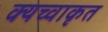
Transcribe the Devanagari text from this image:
क्यच्वाकृत